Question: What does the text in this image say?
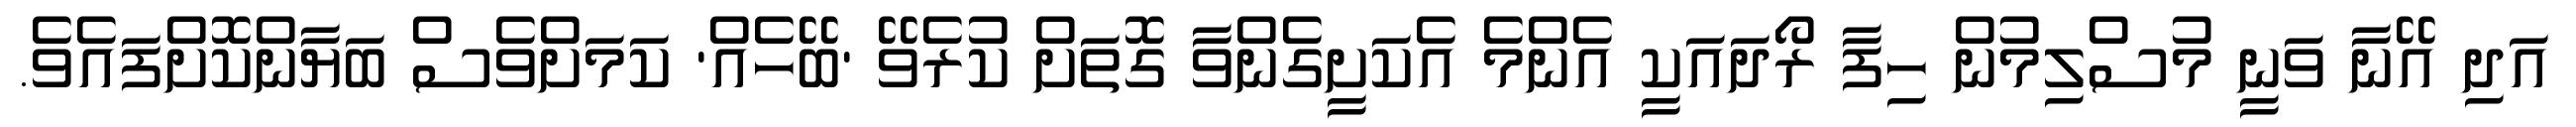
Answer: އަދި އޭނާ ވަނީ މުސްލިމުން ހިފާ ރޯދައަކީ އެންމެ އެކަށީގެންވާ ގޮތަށް ކުރެވޭ 'ބޭހެއް' ކަމަށްވެސް ބަޔާންކޮށްފައެވެ.